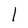
Character: l